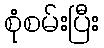
စုံစမ်းပြီး